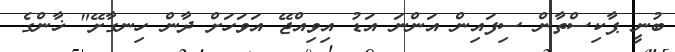
ބުނީ ޕާކިސްތާން ސިފައިން އަންނަ އަޑު އިވިއްޖޭ އަވަހަށް ދާން ހިނގާށޭ" ޚާންގެ